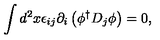
\int d ^ { 2 } x \epsilon _ { i j } \partial _ { i } \left( \phi ^ { \dagger } D _ { j } \phi \right) = 0 ,